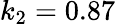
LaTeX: k_{2}=0.87